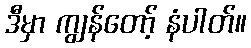
ဒီမှာ ကျွန်တော့် နံပါတ်။